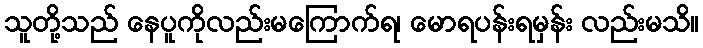
သူတို့သည် နေပူကိုလည်းမကြောက်ရ၊ မောရပန်းရမှန်း လည်းမသိ။